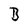
Character: B